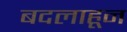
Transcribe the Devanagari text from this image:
बदलाहून